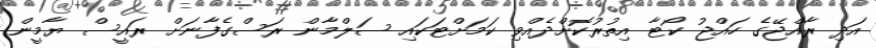
އަދި ރާއްޖޭގެ ހައްޖު ކޯޓާ އިތުރުކޮށްދެއްވި ކަމަށްޓަކައި ސަލްމާން ރަސްގެފާނަށް ރައީސް ޔާމީން